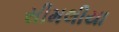
સીમલીયા